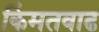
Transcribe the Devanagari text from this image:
किंमतवाढ